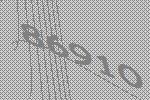
86910